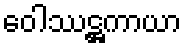
ဝေါဿဋ္ဌကာယာ